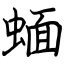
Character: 蝒